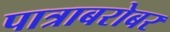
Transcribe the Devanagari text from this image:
पात्राबरोबर